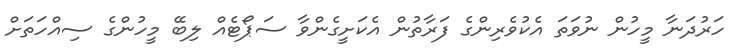
ހަރުދަނާ މީހުން ނުވަތަ އެކުވެރިންގެ ފަރާތުން އެކަށީގެންވާ ސަޕޯޓެއް ލިބޭ މީހުންގެ ސިއްހަތަށް